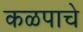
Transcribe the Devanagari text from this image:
कळपाचे